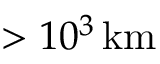
> 1 0 ^ { 3 } \, \mathrm { k m }